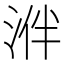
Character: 𣵲